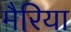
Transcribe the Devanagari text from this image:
मैरिया